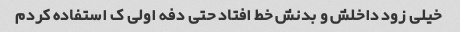
خیلی زود داخلش و بدنش خط افتاد حتی دفه اولی ک استفاده کردم